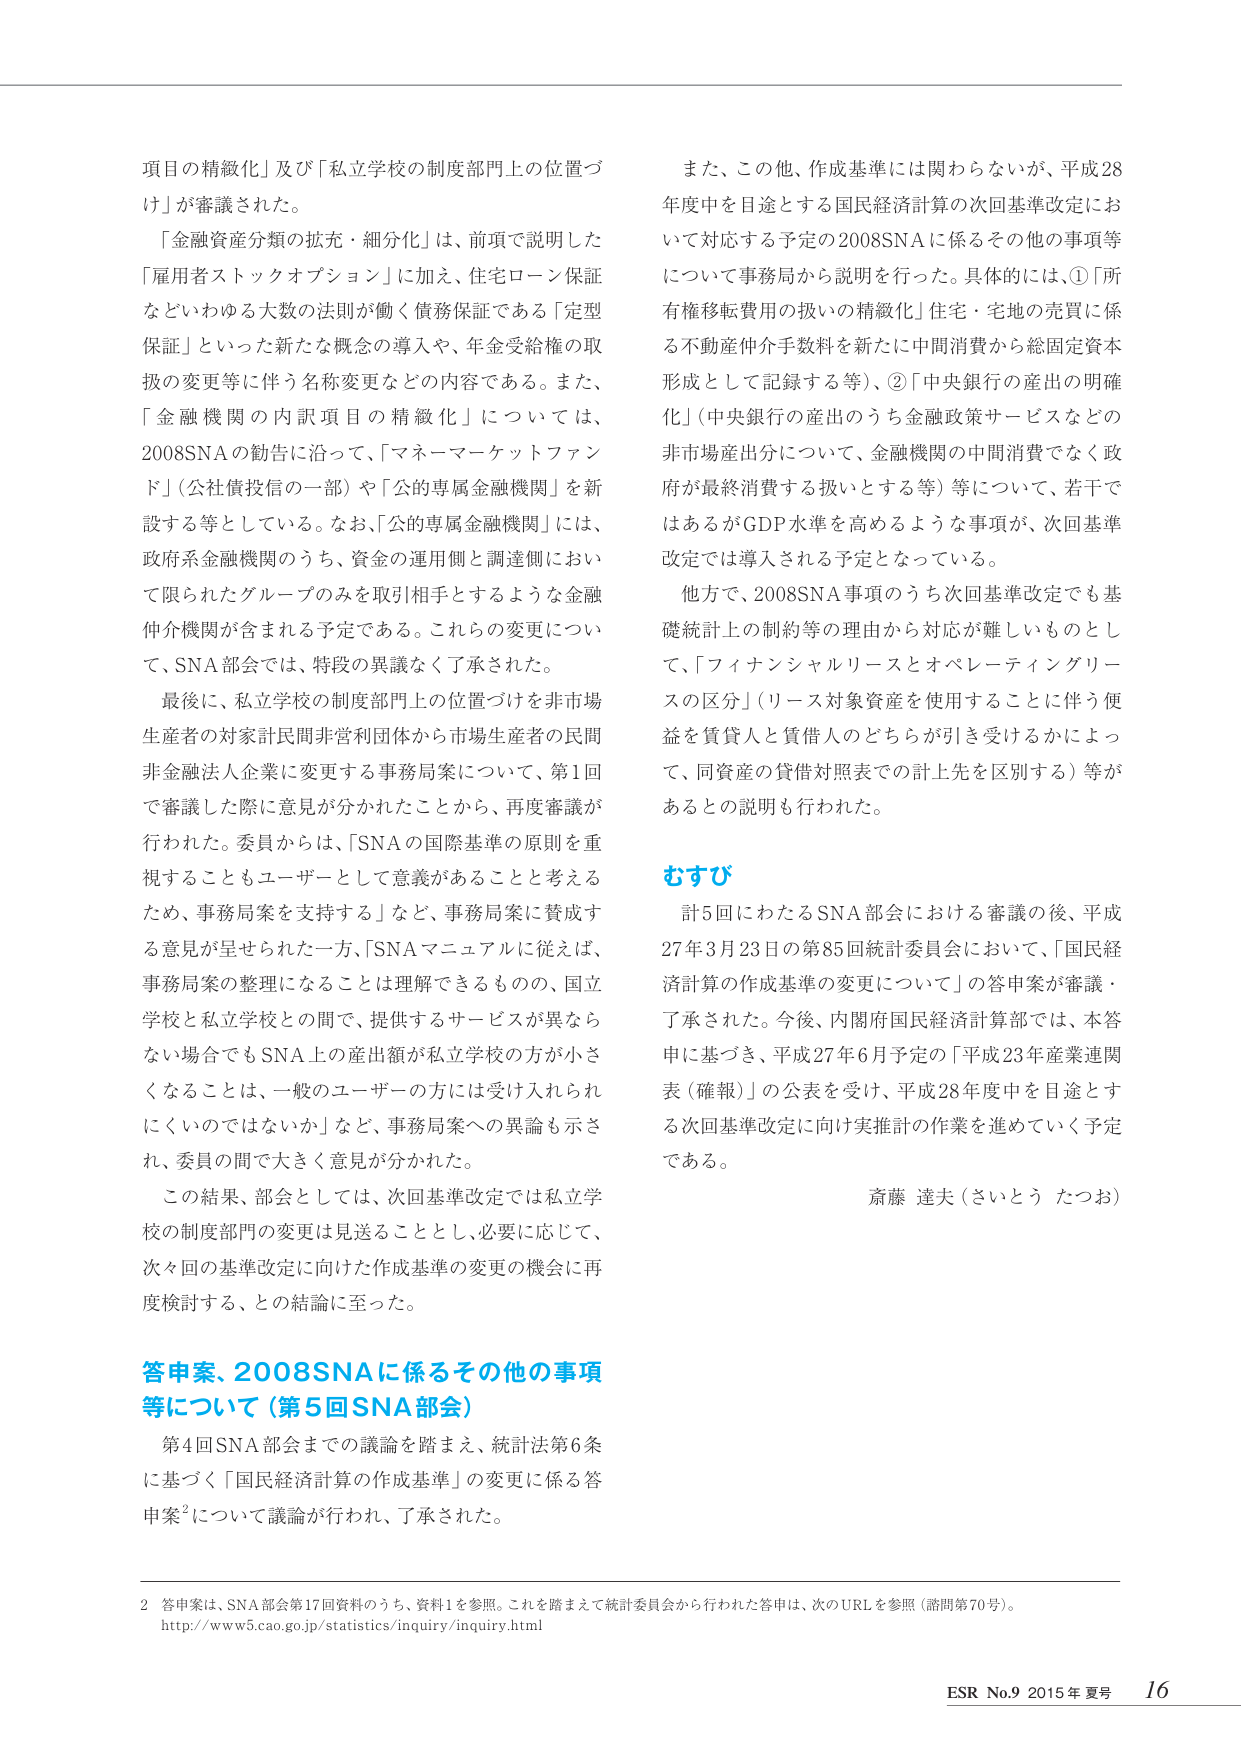
項目の精緻化」及び「私立学校の制度部門上の位置づけ」が審議された。

「金融資産分類の拡充・細分化」は、前項で説明した「雇用者ストックオプション」に加え、住宅ローン保証などいわゆる大数の法則が働く債務保証である「定型保証」といった新たな概念の導入や、年金受給権の取扱の変更等に伴う名称変更などの内容である。また、「金融機関の内訳項目の精緻化」については、2008SNAの勧告に沿って、「マネーマーケットファンド」（公社債投信の一部）や「公の専属金融機関」を新設する等としている。なお、「公の専属金融機関」には、政府系金融機関のうち、資金の運用側と調達側において限られたグループのみを取引相手とするような金融仲介機関が含まれる予定である。これらの変更について、SNA部会では、特段の異議なく了承された。

最後に、私立学校の制度部門上の位置づけを非市場生産者の対象計民間非営利団体から市場生産者の民間非金融法人企業に変更する事務局案について、第1回で審議した際に意見が分かれたことから、再度審議が行われた。委員からは、「SNAの国際基準の原則を重視することもユーザーとして意義があることと考えるため、事務局案を支持する」など、事務局案に賛成する意見が呈された一方、「SNAマニュアルに従えば、事務局案の整理になることは理解できるものの、国立学校と私立学校との間で、提供するサービスが異ならない場合でもSNA上の産出額が私立学校の方が小さくなることは、一般のユーザーの方には受け入れられにくいのではないか」など、事務局案への異論も示され、委員の間で大きく意見が分かれた。

この結果、部会としては、次回基準改定では私立学校の制度部門の変更は見送ることとし、必要に応じて、次々回の基準改定に向けた作成基準の変更の機会に再度検討する、との結論に至った。

答申案、2008SNAに係るその他の事項等について（第5回SNA部会）

第4回SNA部会までの議論を踏まえ、統計法第6条に基づく「国民経済計算の作成基準」の変更に係る答申案²について議論が行われ、了承された。

また、この他、作成基準には関わらないが、平成28年度中を目途とする国民経済計算の次回基準改定において対応する予定の2008SNAに係るその他の事項等について事務局から説明を行った。具体的には、①「所有権移転費用の扱いの精緻化」住宅・宅地の売買に係る不動産仲介手数料を新たに中間消費から総固定資本形成として記録する等）、②「中央銀行の産出の明確化」（中央銀行の産出のうち金融政策サービスなどの非市場産出分について、金融機関の中間消費でなく政府が最終消費する扱いとする等）等について、若干ではあるがGDP水準を高めるような事項が、次回基準改定では導入される予定となっている。

他方で、2008SNA事項のうち次回基準改定でも基礎統計上の制約等の理由から対応が難しいものとして、「フィナンシャルリースとオペレーティングリースの区分」（リース対象資産を使用することに伴う便益を賃貸人と賃借人のどちらが引き受けるかによって、同資産の貸借対照表での計上先を区別する）等があるとの説明も行われた。

むすび

計5回にわたるSNA部会における審議の後、平成27年3月23日の第85回統計委員会において、「国民経済計算の作成基準の変更について」の答申案が審議・了承された。今後、内閣府国民経済計算部では、本答申に基づき、平成27年6月予定の「平成23年産業連関表（確報）」の公表を受け、平成28年度中を目途とする次回基準改定に向け実推進の作業を進めていく予定である。

斎藤 達夫（さいとう たつお）

2 答申案は、SNA部会第17回資料のうち、資料1を参照。これを踏まえて統計委員会から行われた答申は、次のURLを参照（諮問等70号）。
http://www5.cao.go.jp/statistics/inquiry/inquiry.html

ESR No.9 2015年 夏号 16